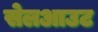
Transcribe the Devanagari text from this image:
सेलआउट